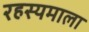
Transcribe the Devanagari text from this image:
रहस्यमाला